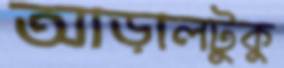
আড়ালটুকু